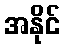
အနိုင်